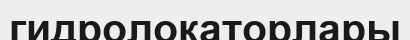
гидролокаторлары